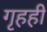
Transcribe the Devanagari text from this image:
गृहही